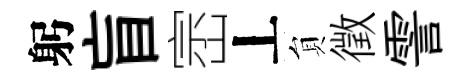
躬盲崈丄貟徵霅